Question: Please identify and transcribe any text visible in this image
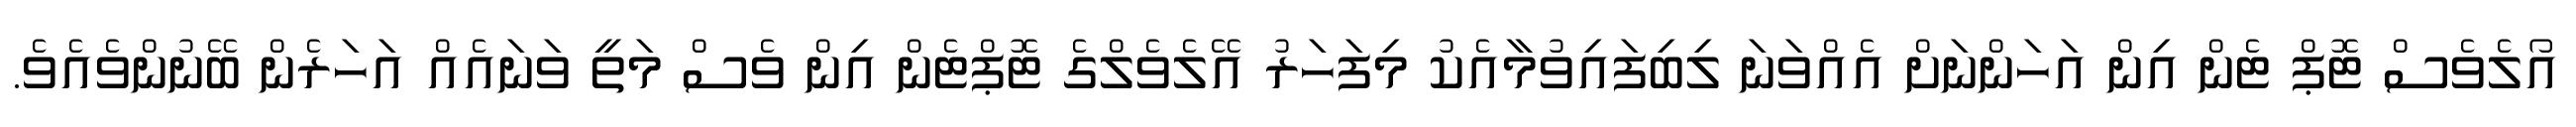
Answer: އޯލެވެސް ޓޮޕް ޓެން އިން އަހަންނަށް އެއްވަނަ ލިބިފައިވުމާއެކު މިފަހަރު އޭލެވެލްގެ ޓޮޕްޓެން އިން ވެސް މަތީ ވަނައެއް އަހަރެން ބޭނުންވެއެވެ.